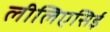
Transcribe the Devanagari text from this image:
लीलिएसिई